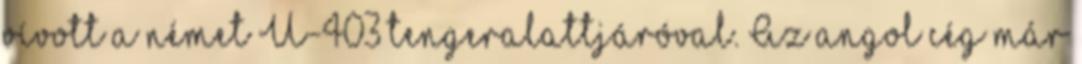
vívott a német U-403 tengeralattjáróval. Az angol cég már